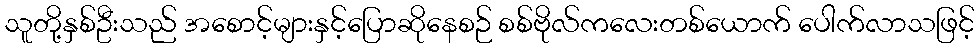
သူတို့နှစ်ဦးသည် အစောင့်များနှင့်ပြောဆိုနေစဉ် စစ်ဗိုလ်ကလေးတစ်ယောက် ပေါက်လာသဖြင့်